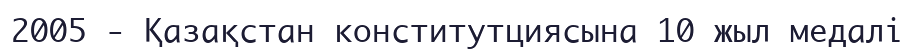
2005 - Қазақстан конститутциясына 10 жыл медалі